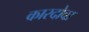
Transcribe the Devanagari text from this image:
कारदोवा